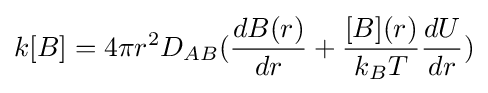
k[B]=4\pi r^{2}D_{AB}({\frac {dB(r)}{dr}}+{\frac {[B](r)}{k_{B}T}}{\frac {dU}{dr}})